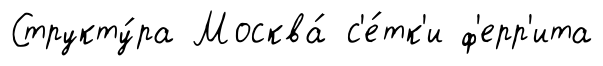
Структу́ра Москва́ с'е́тк'и ф'ерр'ита